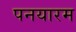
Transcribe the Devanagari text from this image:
पनयारम